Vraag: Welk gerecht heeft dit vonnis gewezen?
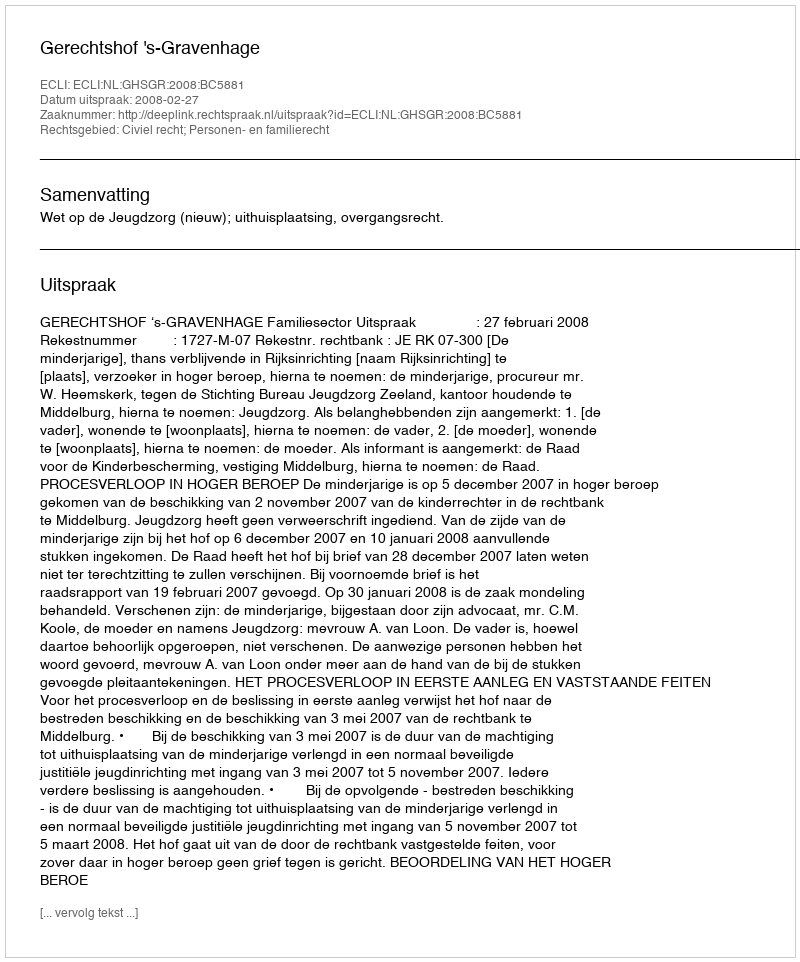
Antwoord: Gerechtshof 's-Gravenhage